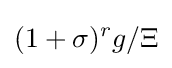
(1+\sigma )^{r}g/\Xi